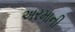
અરમાની